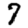
Digit: 7